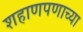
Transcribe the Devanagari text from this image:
शहाणपणाच्या